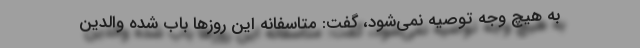
به هیچ وجه توصیه نمی‌شود، گفت: متاسفانه این روزها باب شده والدین